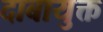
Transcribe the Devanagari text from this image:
दाबायुक्त